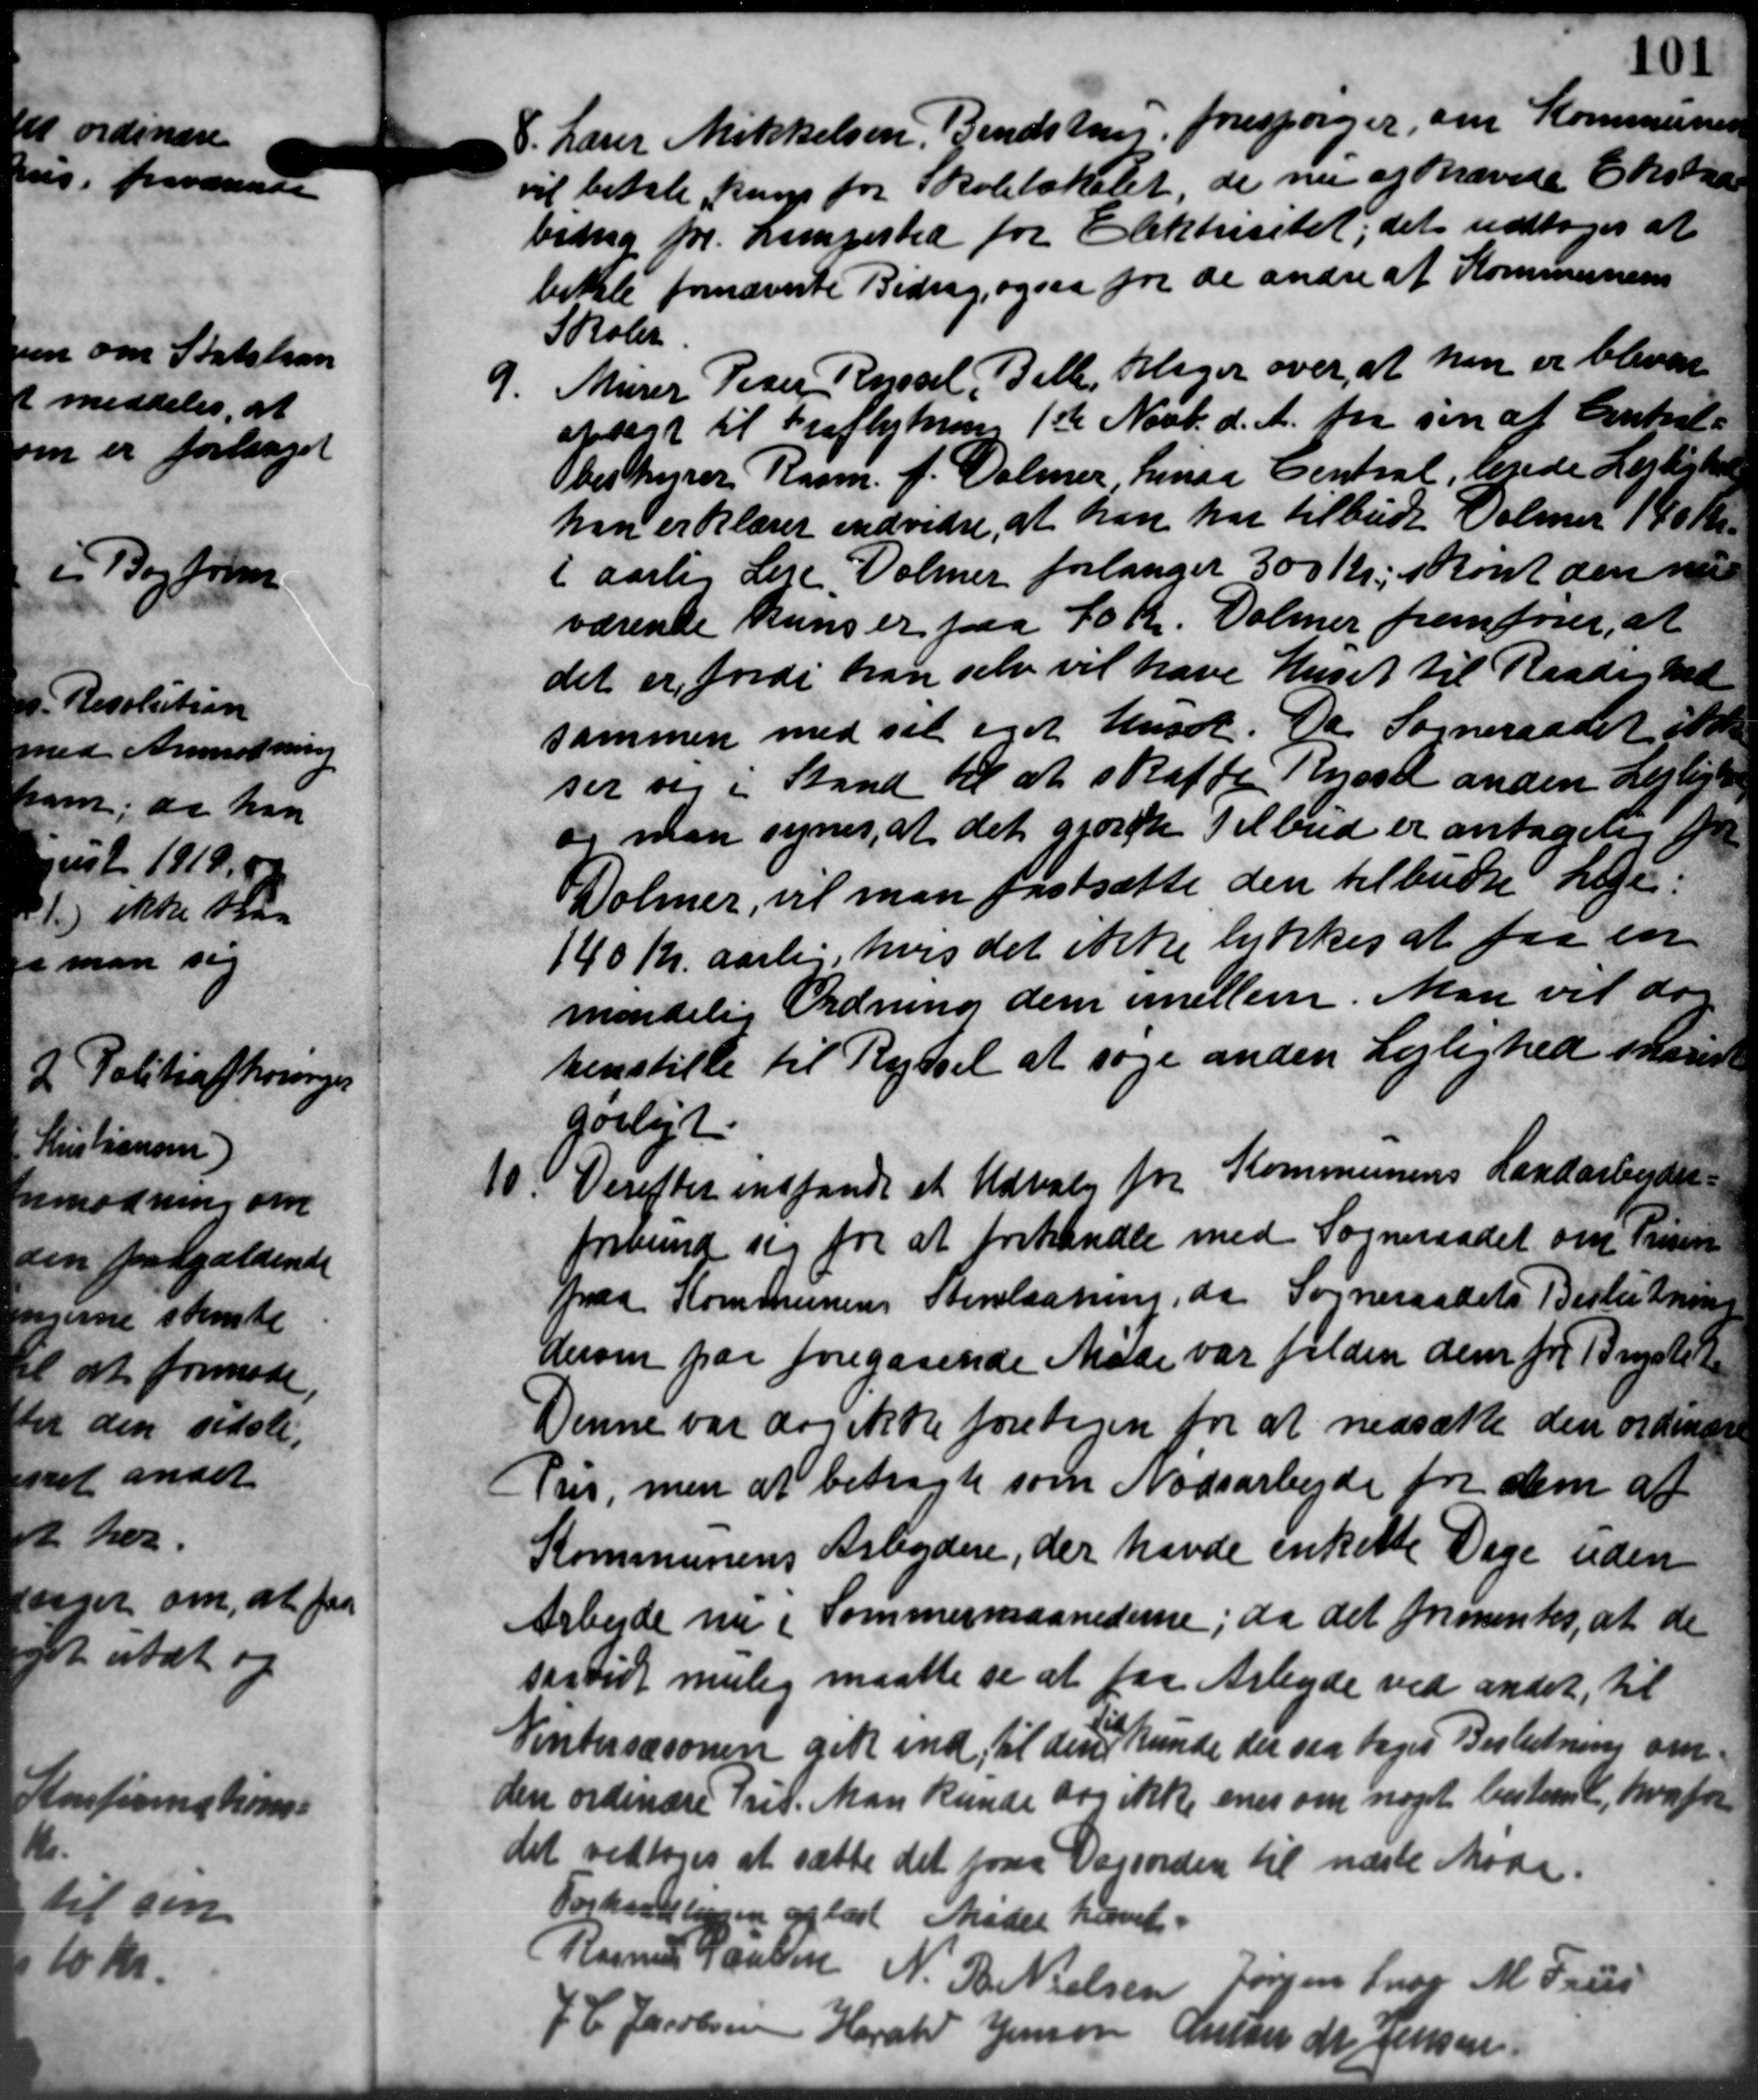
Transskription:
8. Lærer Mikkelsen, Bendstrup forespørger, om Kommunen
8. Lærer Mikkelsen, Bendstrup forespørger, om Kommunen
vil betale kun for Skolelokalet, de nu af krævede Ekstra
bidrag pr. Lampested for Elektricitet; det vedtoges at
betale fornævnte Bidrag, ogsaa for de andre af Kommunens
Skoler
9.
Murer Peter Ryssel, Bille, Klager over at han er bleven
opsagt til Fraflytning 1ste Novb. d. A. fra sin af Cinkal-
bestyrer Rasm. f. Volmer, henaa Central, lerede Lejlighed
han erklærer endvidre, at han har tilbude Volmer 140 Kr.
i aarlig Leje Dolmer forlanger 300 Kr., skønt den nu
værende kuns er paa 40 Kr. Volmer fremfører, at
det er fordi han selv vil have Huset til Raade hed
sammen med sit eget Huset. Da Sogneraadet sto
ser sig i Stand til at skaffe Ryaad anden Lejlighe
og man synes, at det gjorte Tilbud er antagen fra
Dolmer, vil man fastsætte den tilbudte Leje.
140 Kr. aarlig, hvis det ikke lykkes at faa en
mendelig Ordning dem imellem. Man vil de
henstille til Ryssel at søge anden Lejlighed skand
gørligt.
10. Derefter indfandt et Udvalg for Kommunens Landarbejder-
10. Derefter indfandt et Udvalg for Kommunens Landarbejder-
forbund sig for at forhandle med Sogneraadet om Prisen
paa Kommunens Anlægning, da Sogneraadets Beslutning
derom paa foregaaende Møde var falden dem for Bratet
Denne var dog ikke foretagen for at nedsætte den ordinære
Pus, men at betragte som Nødsarbejde for dem af
Kommunens Arbejdere, der havde enkette Dage uden
Arbejde nu i Sommermaanederne, da det formentes, at de
saavidt mulig maatte se at faa Arbejde ved andet, til
Vinterssionen gik ind til den kunde der sig tages Beslutning om
den ordinære Pris. Man kunde dog ikke enes om noget bestemt, hvorfor
det vedtoges at sætte det føres Vagsorden til næste Møde.
Forhandlingen oplæst Mødet hævet
Rasmus Jaulsen N. T. Nielsen Jørgen Snog M. Frues
J. C. Jacobsen Harald Jensen Anster M Jensen